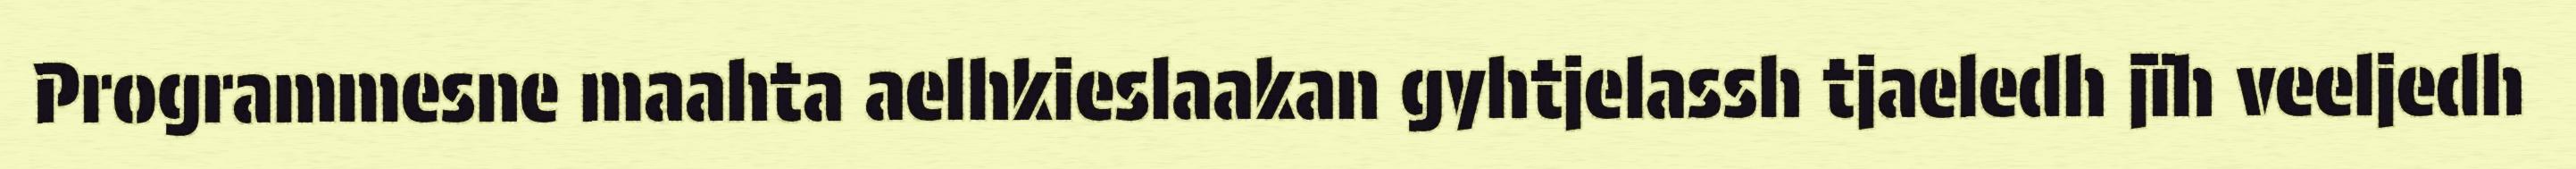
Programmesne maahta aelhkieslaakan gyhtjelassh tjaeledh jïh veeljedh